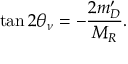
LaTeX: \tan 2 \theta _ { \nu } = - { \frac { 2 m _ { D } ^ { \prime } } { M _ { R } } } .